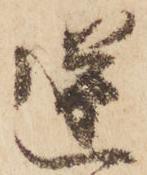
逆